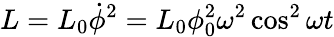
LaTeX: L=L_{0}\dot{\phi}^{2}=L_{0}\phi_{0}^{2}\omega^{2}\cos^{2}\omega t